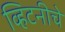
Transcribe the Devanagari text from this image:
व्हिटनीचे